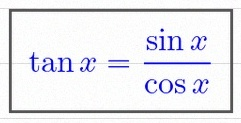
\tan x=\frac{\sin x}{\cos x}